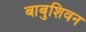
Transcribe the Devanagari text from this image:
बाबुशिवन